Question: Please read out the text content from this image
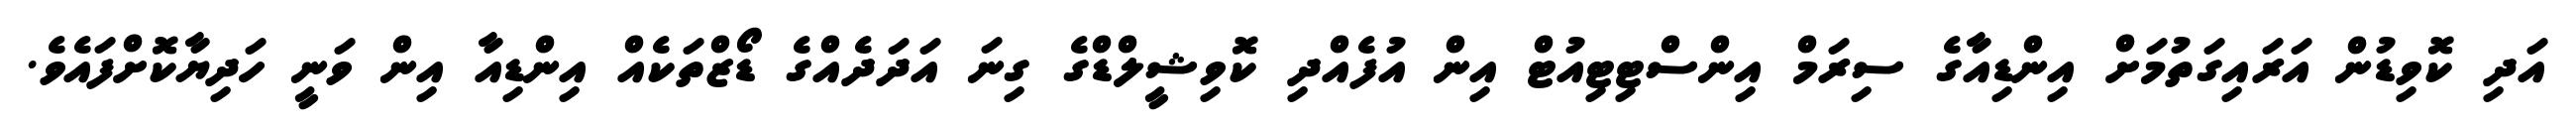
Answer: އަދި ކޮވިޑުން އަރައިގަތުމަށް އިންޑިއާގެ ސިރަމް އިންސްޓިޓިއުޓް އިން އުފެއްދި ކޮވިޝީލްޑްގެ ގިނަ އަދަދެއްގެ ޑޯޒްތަކެއް އިންޑިއާ އިން ވަނީ ހަދިޔާކޮށްފައެވެ.